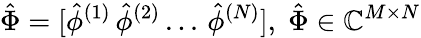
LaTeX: \hat{\Phi}=[\hat{\phi}^{(1)}\, \hat{\phi}^{(2)}\, ...\, \hat{\phi}^{(N)}],\; \hat{\Phi}\in\mathbb{C}^{M\times N}